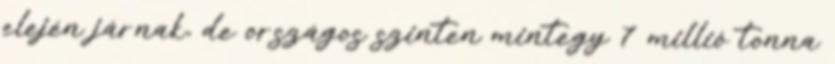
elején járnak, de országos szinten mintegy 7 millió tonna